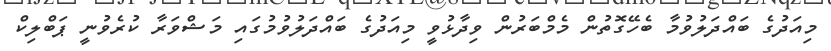
މިއަދުގެ ބައްދަލުވުމާ ބެހޭގޮތުން މެމްބަރުން ވިދާޅުވީ މިއަދުގެ ބައްދަލުވުމުގައި މަޝްވަރާ ކުރެވުނީ ޕަބްލިކް